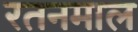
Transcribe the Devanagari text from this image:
रतनमाल